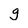
Character: g